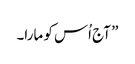
” آج اُس کو مارا۔